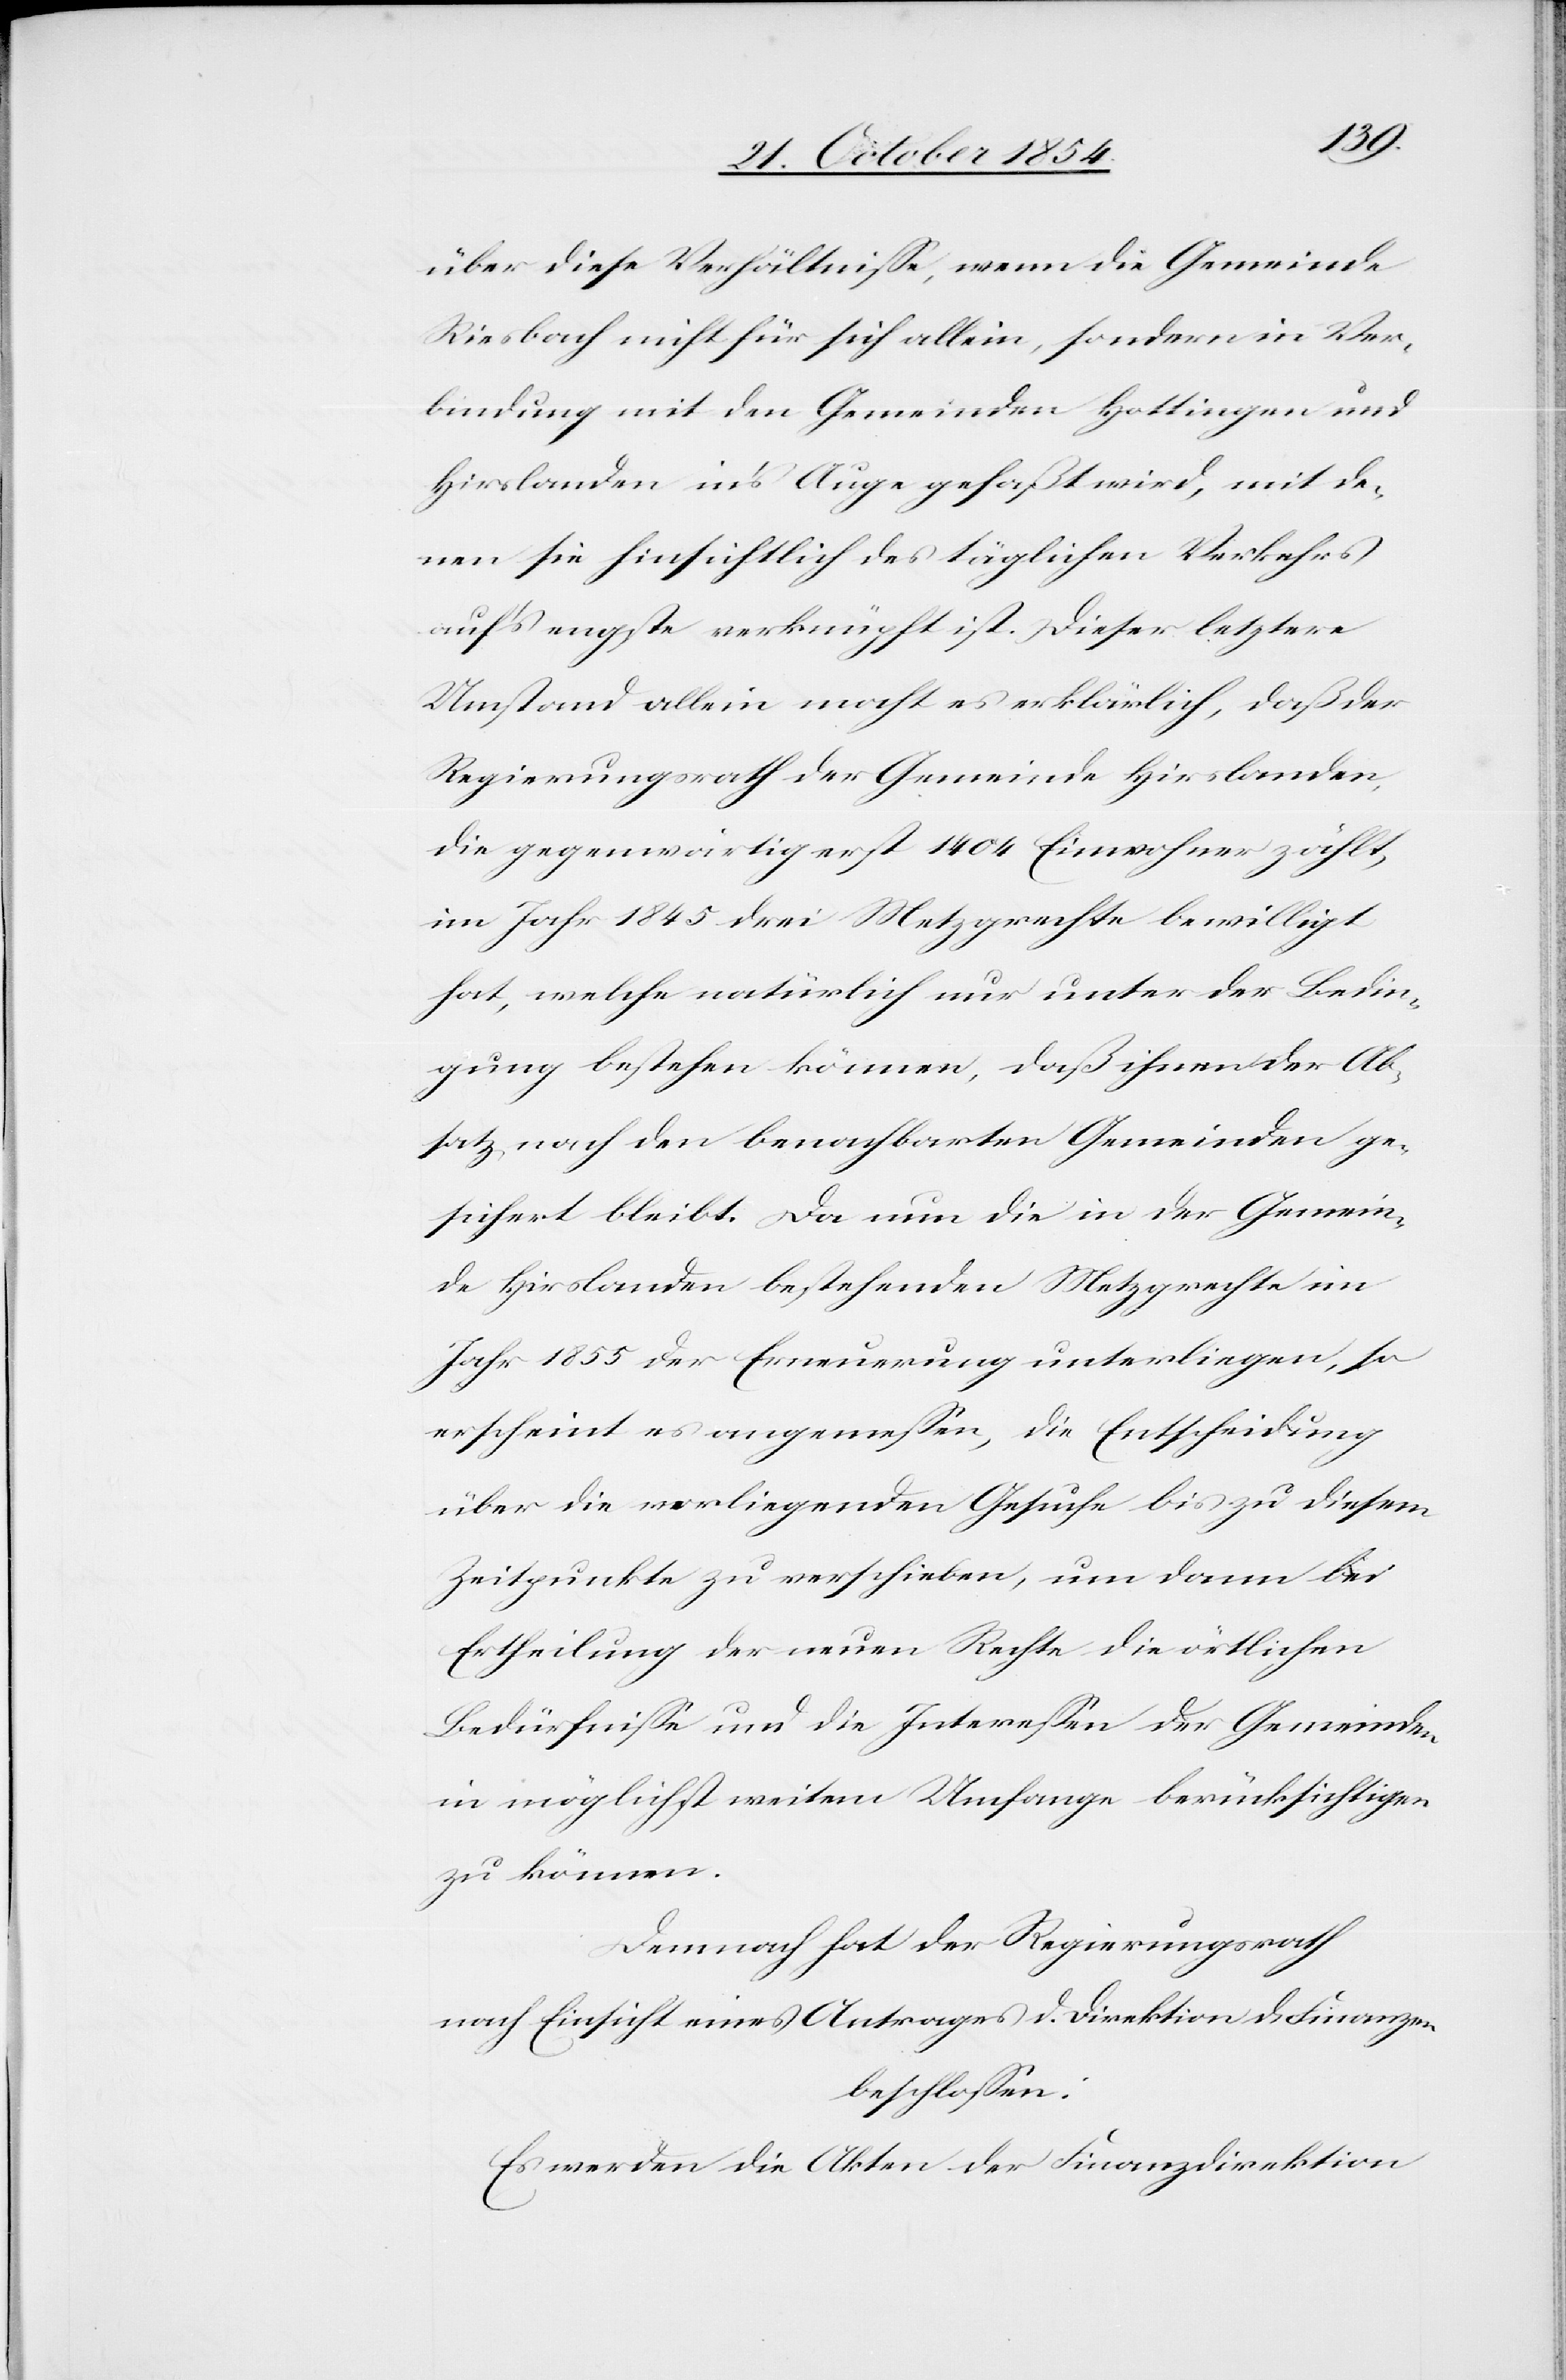
über diese Verhältniße, wenn die Gemeinde
Riesbach nicht für sich allein, sondern in Ver¬
bindung mit den Gemeinden Hottingen und
Hirslanden in’s Auge gefaßt wird, mit de¬
nen sie hinsichtlich des täglichen Verkehrs
auf’s engste verknüpft ist. Dieser letztere
Umstand allein macht es erklärlich, daß der
Regierungsrath der Gemeinde Hirslanden,
die gegenwärtig erst 1404 Einwohner zählt,
im Jahre 1845 drei Metzgrechte bewilligt
hat, welche natürlich nur unter der Bedin¬
gung bestehen könne, daß ihnen der Ab¬
satz nach den benachbarten Gemeinden ge¬
sichert bleibt. Da nun die in der Gemein¬
de Hirslanden bestehenden Metzgrechte im
Jahr 1855 der Erneuerung unterliegen, so
erscheint es angemeßen, die Entscheidung
über die vorliegenden Gesuche bis zu diesem
Zeitpunkte zu verschieben, um dann bei
Ertheilung der neuen Rechte die örtlichen
Bedürfniße und die Intereßen der Gemeinden
in möglichst weitem Umfange berücksichtigen
zu können.
Demnach hat der Regierungsrath
nach Einsicht eines Antrages der Direktion der Finanzen
beschloßen:
Es werden die Akten der Finanzdirektion